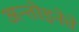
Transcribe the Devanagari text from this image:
अन्तोइनेत्ते